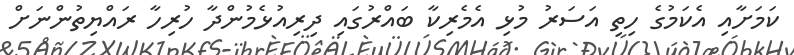
ކަމަށާއި އެކަމުގެ ހިތި އަސަރު މުޅި އެމެރިކާ ބައްރުގައި ދިރިއުޅެމުންދާ ހުރިހާ ރައްޔިތުންނަށް